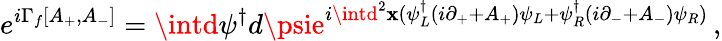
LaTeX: e^{i\Gamma_{f}[A_{+},A_{-}]}=\intd\psi^{\dagger}d\psie^{i\intd^{2}\mathbf{x}(\psi_{L}^{\dagger}(i\partial_{+}+A_{+})\psi_{L}+\psi_{R}^{\dagger}(i\partial_{-}+A_{-})\psi_{R})}\, ,